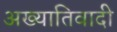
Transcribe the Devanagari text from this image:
अख्यातिवादी